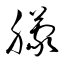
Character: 朦